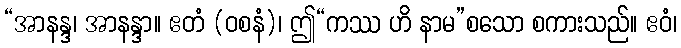
“အာနန္ဒ၊ အာနန္ဒာ။ ဧတံ (ဝစနံ)၊ ဤ“ကဿ ဟိ နာမ”စသော စကားသည်။ ဧဝံ၊